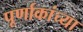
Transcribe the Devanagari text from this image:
पूर्णाकांच्या